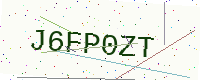
Text: J6FP0ZT